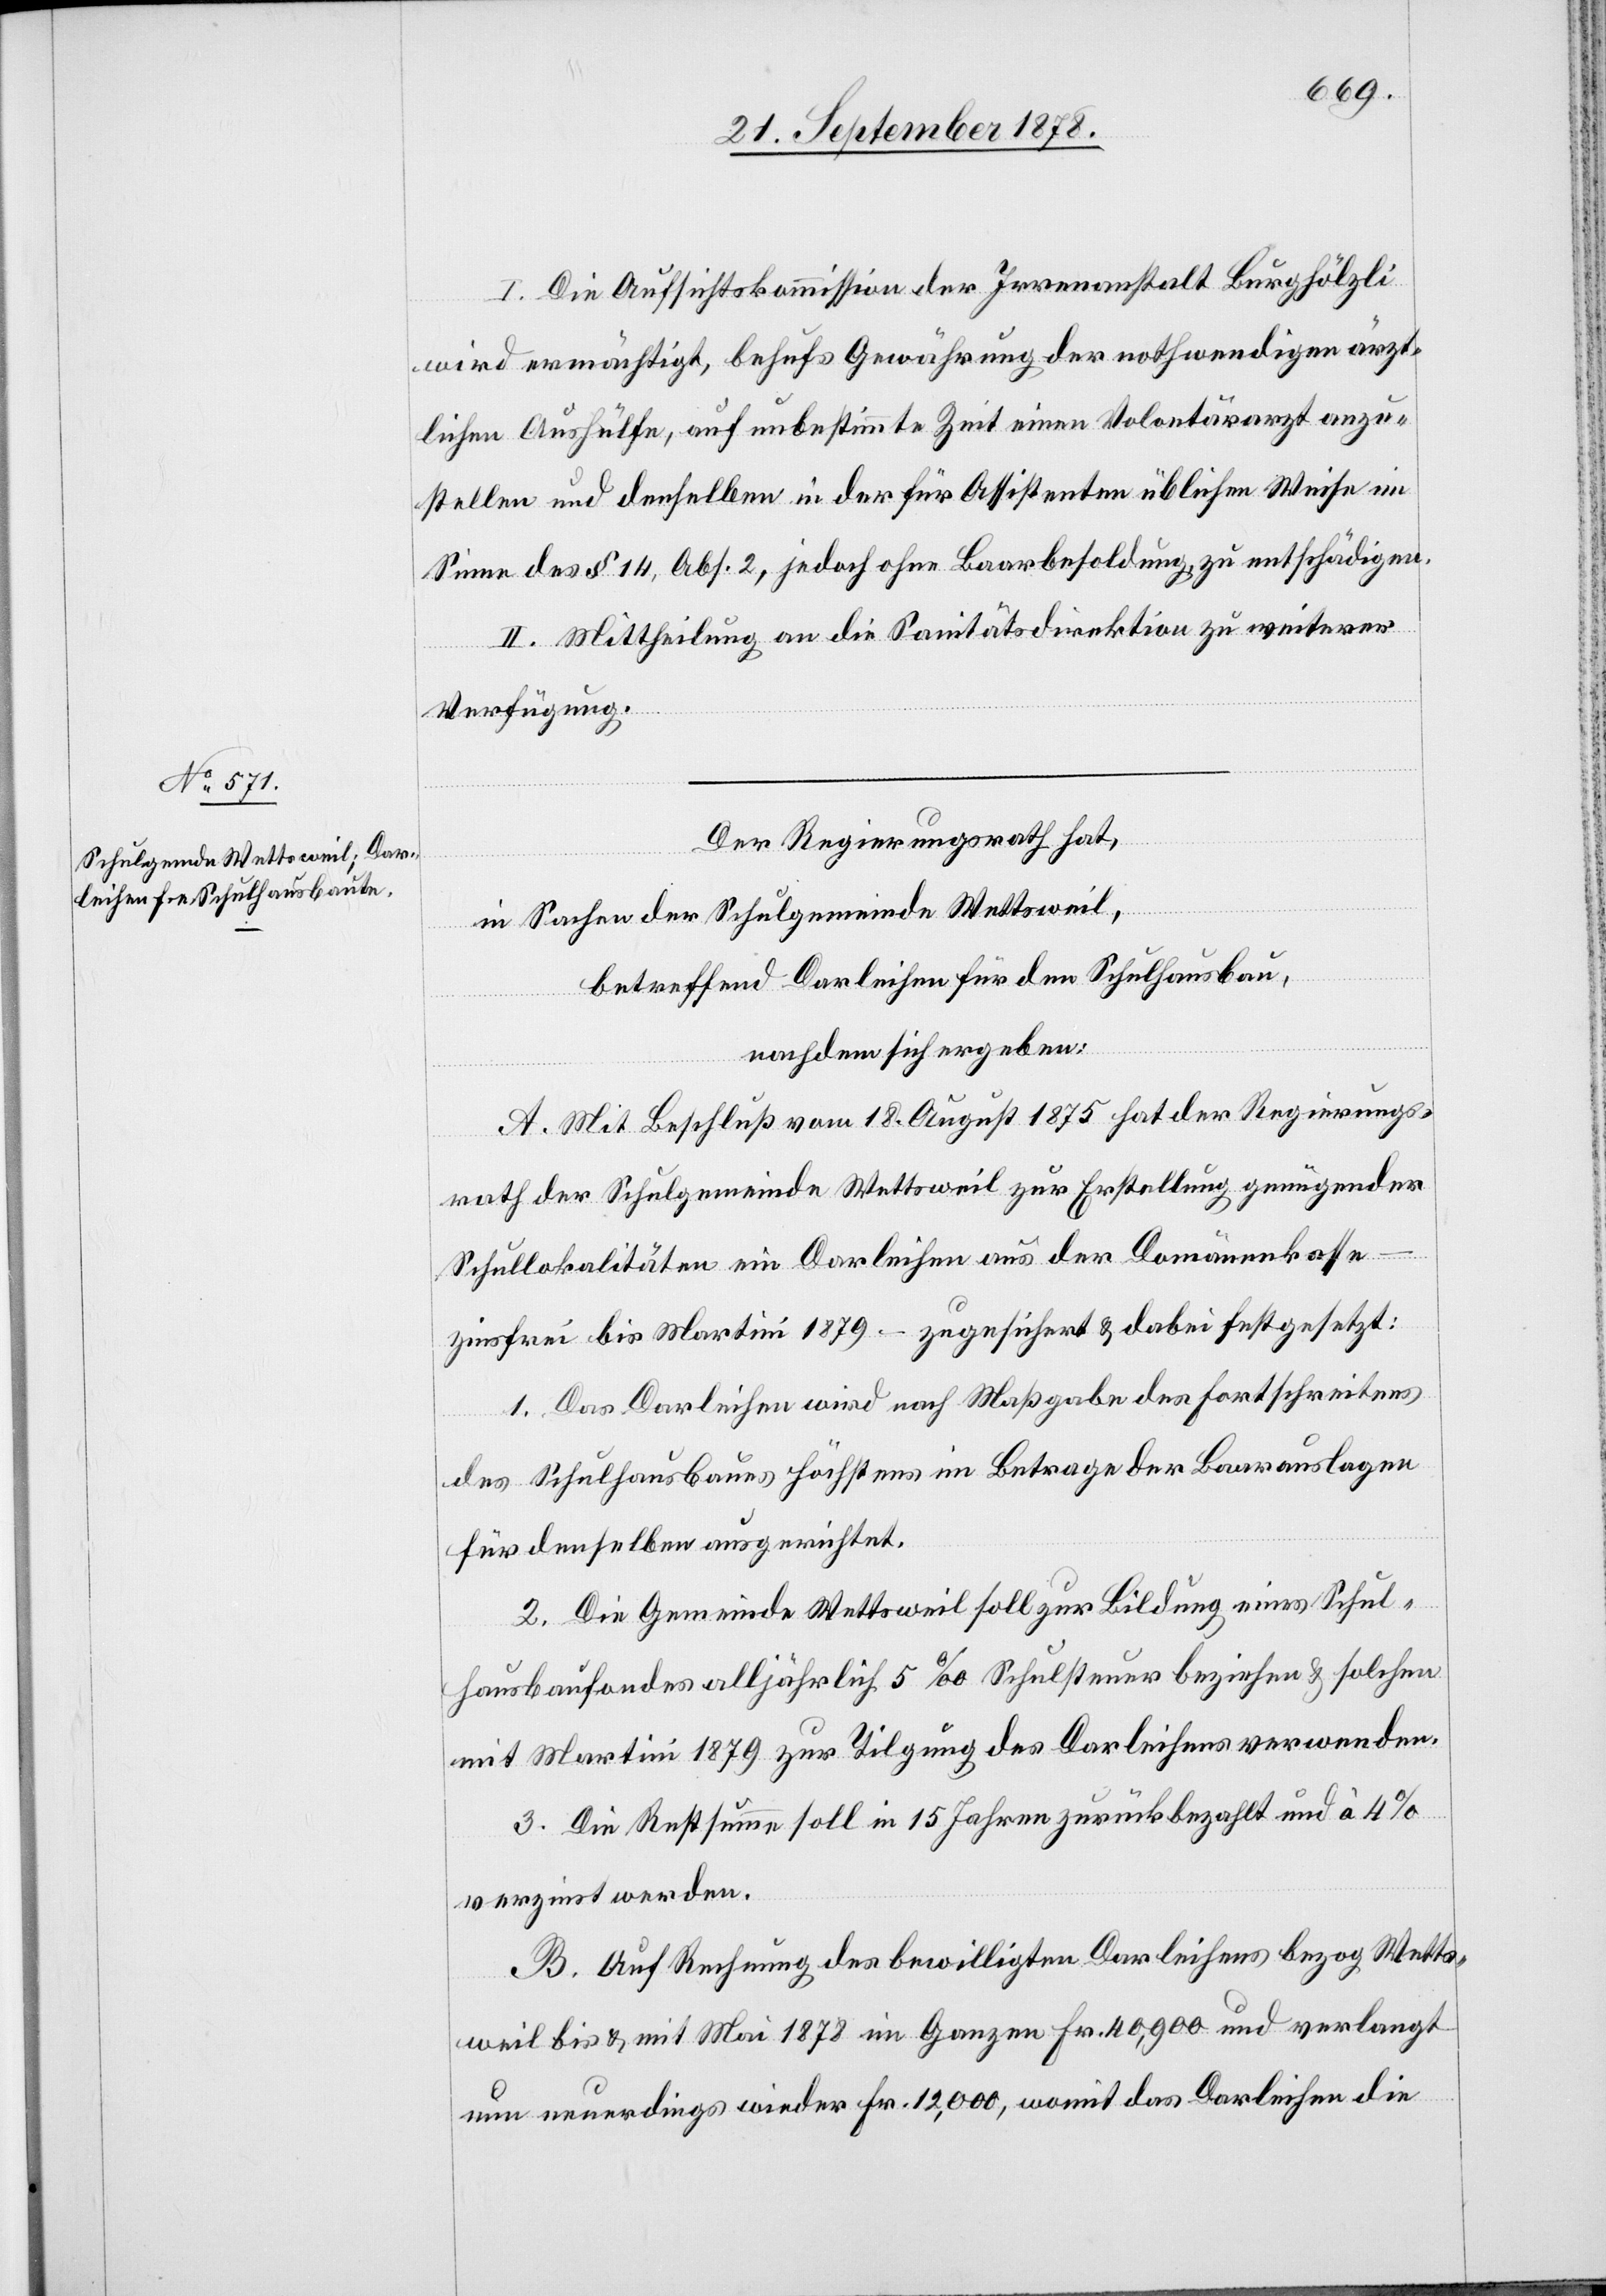
I. Die Aufsichtskommission der Irrenanstalt Burghölzli
wird ermächtigt, behufs Gewährung der nothwendigen ärzt¬
lichen Aushülfe, auf unbestimmte Zeit einen Volontärarzt anzu¬
stellen und denselben in der für Assistenten üblichen Weise im
Sinne des § 14, Abs. 2, jedoch ohne Baarbesoldung zu entschädigen.
II. Mittheilung an die Sanitätsdirektion zu weiterer
Verfügung.
Der Regierungsrath hat,
in Sachen der Schulgemeinde Wettsweil,
betreffend Darleihen für den Schulhausbau,
nachdem sich ergeben:
A. Mit Beschluß vom 18. August 1875 hat der Regierungs¬
rath der Schulgemeinde Wettsweil zur Erstellung genügender
Schullokalitäten ein Darleihen aus der Domänenkasse
zinsfrei bis Martini 1879 – zugesichert & dabei festgesetzt:
1. Das Darleihen wird nach Maßgabe des Fortschreitens
des Schulhausbaues höchstens im Betrage der Baarauslagen
für denselben ausgerichtet.
2. Die Gemeinde Wettsweil soll zur Bildung eines Schul¬
hausbaufondes alljährlich 5‰ Schulsteuer beziehen & solchen
mit Martini 1879 zur Tilgung des Darleihens verwenden.
3. Die Restsumme soll in 15 Jahren zurückbezahlt und à 4%
verzinst werden.
B. Auf Rechnung des bewilligten Darleihens bezog Wetts¬
weil bis & mit Mai 1878 im Ganzen Fr. 40,900 und verlangt
nun neuerdings wieder Fr. 12,000, womit das Darleihen die